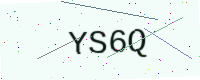
Text: YS6Q